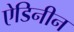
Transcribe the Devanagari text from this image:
ऐडिनीन